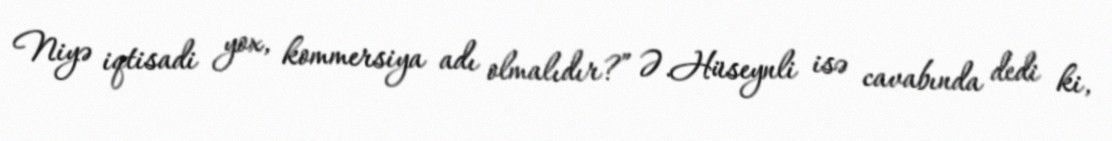
Niyə iqtisadi yox, kommersiya adı olmalıdır?” Ə.Hüseynli isə cavabında dedi ki,